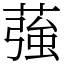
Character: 蔃